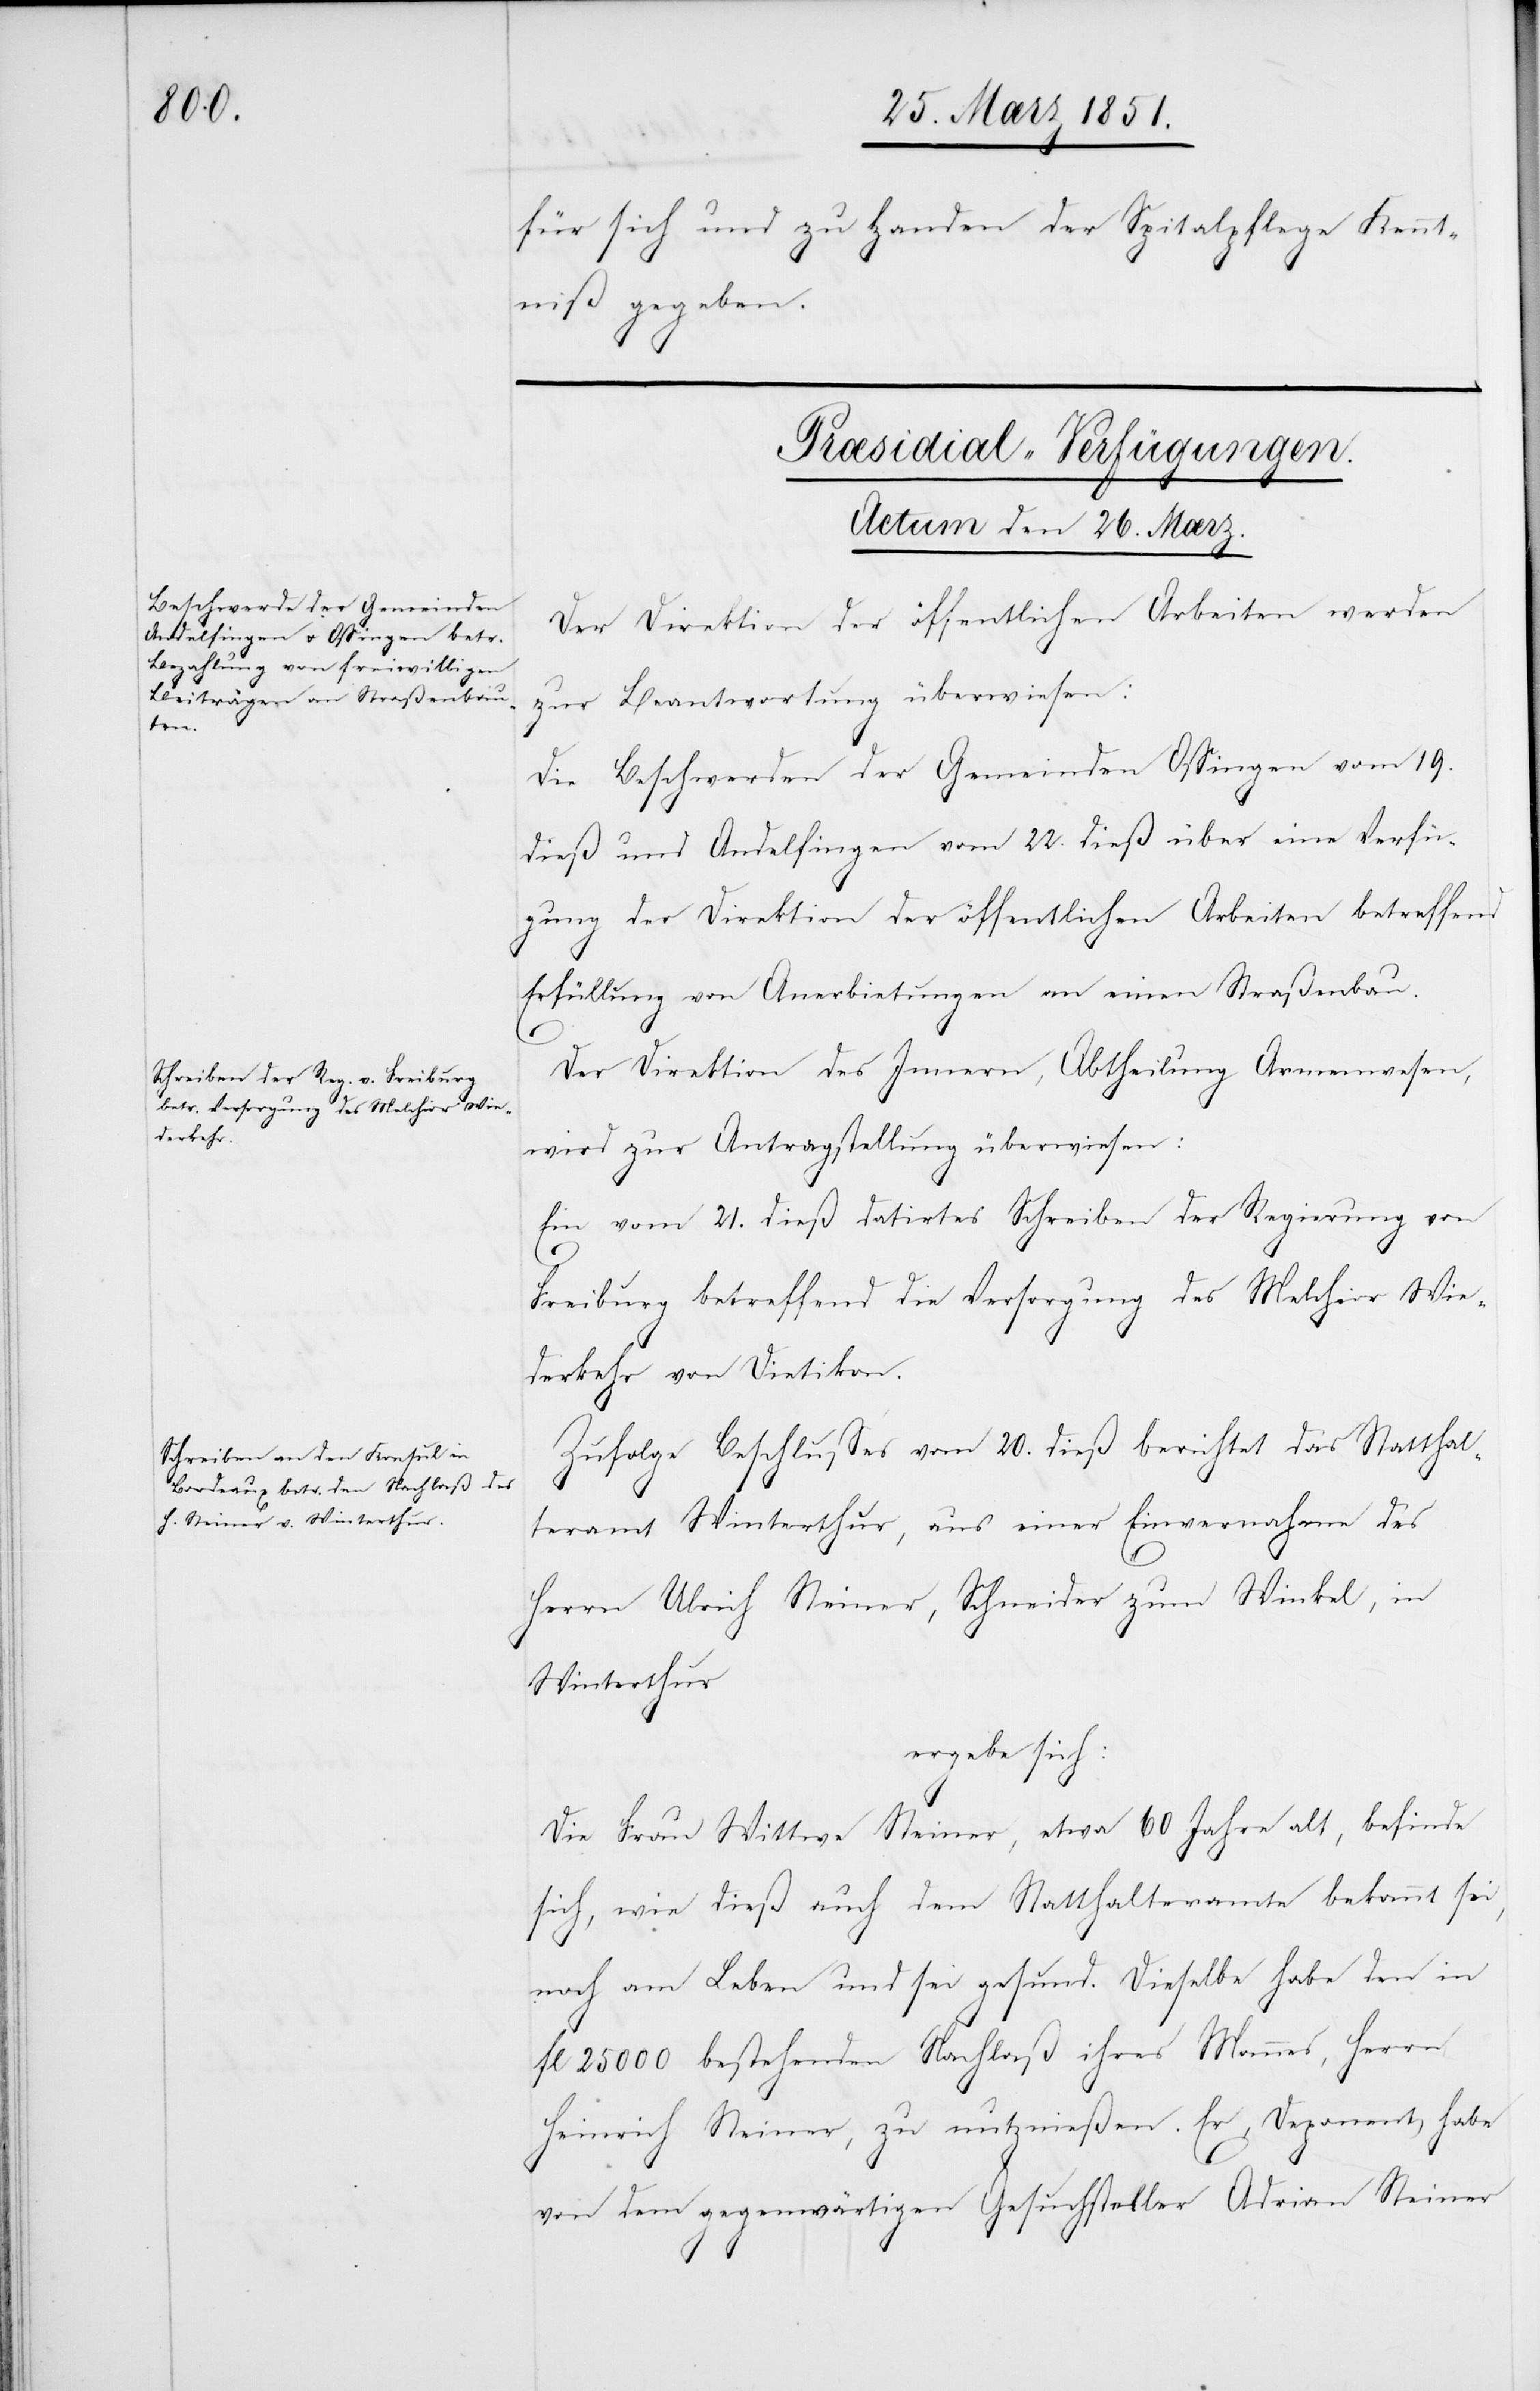
für sich und zu Handen der Spitalpflege Kennt¬
niß gegeben.
[Præsidial-Verfügungen.
Actum den 26. Mærz.]
Der Direktion der öffentlichen Arbeiten werden
zur Beantwortung überwiesen:
Die Beschwerden der Gemeinden Ossingen vom 19.
dieß und Andelfingen vom 22. dieß über eine Verfü¬
gung der Direktion der öffentlichen Arbeiten betreffend
Erfüllung von Anerbietungen an einen Straßenbau.
Der Direktion des Innern, Abtheilung Armenwesen,
wird zur Antragstellung überwiesen:
Ein vom 21. dieß datirtes Schreiben der Regierung von
Freiburg betreffend die Versorgung des Melchior Wie¬
derkehr von Dietikon.
Zufolge Beschlusses vom 20. dieß berichtet das Statthal¬
teramt Winterthur, aus einer Einvernahme des
Herrn Ulrich Steiner, Schneider zum Winkel, in
Winterthur
ergebe sich:
Die Frau Wittwe Steiner, etwa 60 Jahre alt, befinde
sich, wie dieß auch dem Statthalteramte bekannt sei,
noch am Leben und sei gesund. Dieselbe habe den in
fl 25000 bestehenden Nachlaß ihres Mannes, Herrn
Heinrich Steiner, zu nutznießen. Er, Deponent, habe
von dem gegenwärtigen Gesuchsteller Adrian Steiner